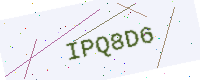
Text: IPQ8D6